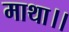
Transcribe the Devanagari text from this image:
माथा।।